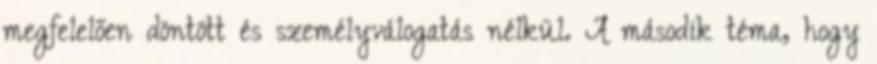
megfelelően döntött és személyválogatás nélkül. A második téma, hogy